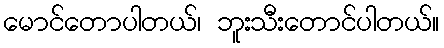
မောင်တောပါတယ်၊ ဘူးသီးတောင်ပါတယ်။